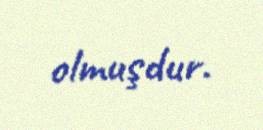
olmuşdur.